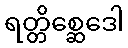
ရတ္တိစ္ဆေဒေါ